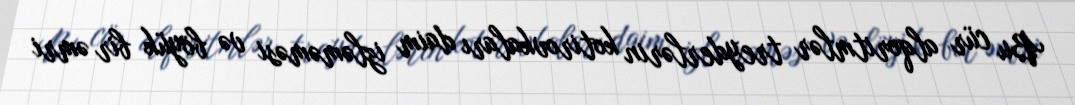
Bu cür alqoritmlər treyderlərin kotirovkaları daim izləməməsi və böyük bir əmri